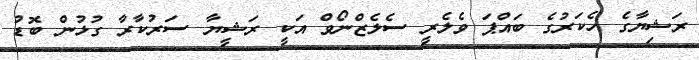
ރަޝިޔާގެ ހެކަރުގެ ބައްޕަ ވެލެރީ ސެލެޒްނޯވް އަކީ ރަޝީޔާ ސަރުކާރާ ގުޅުން ބޮޑު